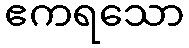
ဧကရသော